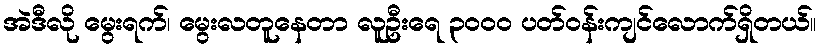
အဲဒီလို မွေးရက်၊ မွေးလတူနေတာ လူဦးရေ ၃၀၀၀ ပတ်ဝန်းကျင်လောက်ရှိတယ်။